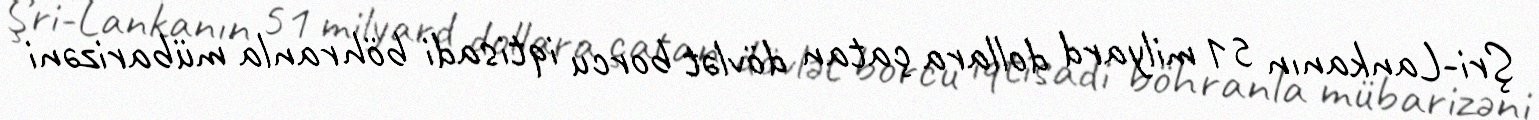
Şri-Lankanın 51 milyard dollara çatan dövlət borcu iqtisadi böhranla mübarizəni